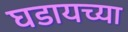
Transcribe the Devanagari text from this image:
घडायच्या